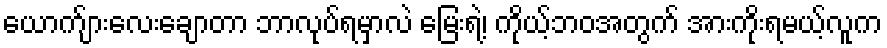
ယောက်ျားလေးချောတာ ဘာလုပ်ရမှာလဲ မြေးရဲ့၊ ကိုယ့်ဘဝအတွက် အားကိုးရမယ့်လူက